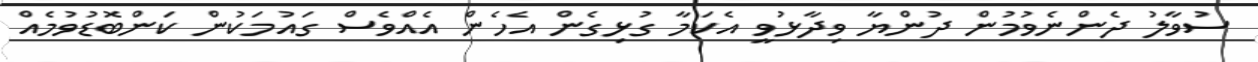
ސުވާލު ދެންނެވުމުން ދުންޔާ ވިދާޅުވީ އެކަމާ ގުޅިގެން އެހެން އެއްވެސް ގައުމަކުން ކަންބޮޑުވުމެއް